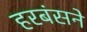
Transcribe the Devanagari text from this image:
हरबंसने